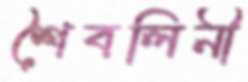
শৈবলিনী